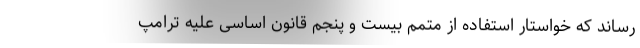
رساند که خواستار استفاده از متمم بیست و پنجم قانون اساسی علیه ترامپ